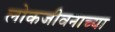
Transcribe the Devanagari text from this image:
लोकजीवनाच्या